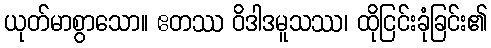
ယုတ်မာစွာသော။ ဧတဿ ဝိဒါဒမူသဿ၊ ထိုငြင်းခုံခြင်း၏